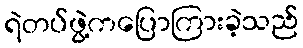
ရဲတပ်ဖွဲ့ကပြောကြားခဲ့သည်